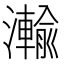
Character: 瀭